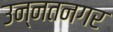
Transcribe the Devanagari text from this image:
उन्नतनगर